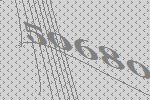
50680